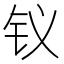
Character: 𮷶